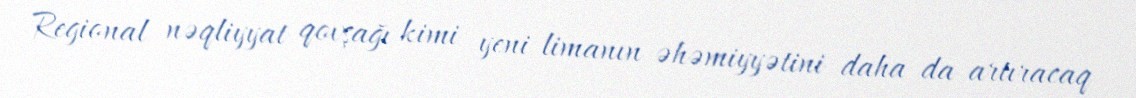
Regional nəqliyyat qovşağı kimi yeni limanın əhəmiyyətini daha da artıracaq